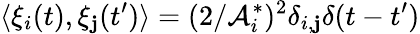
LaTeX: \langle\xi_{i}(t),\xi_{\mathbf{j}}(t^{\prime})\rangle=(2/\mathcal{{A}}_{i}^{*})^{2}\delta_{i,\mathbf{j}}\delta(t-t^{\prime})